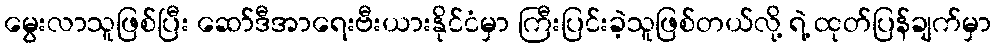
မွေးလာသူဖြစ်ပြီး ဆော်ဒီအာရေးဗီးယားနိုင်ငံမှာ ကြီးပြင်းခဲ့သူဖြစ်တယ်လို့ ရဲ့ ထုတ်ပြန်ချက်မှာ